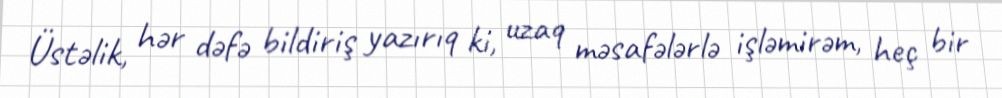
Üstəlik, hər dəfə bildiriş yazırıq ki, uzaq məsafələrlə işləmirəm, heç bir